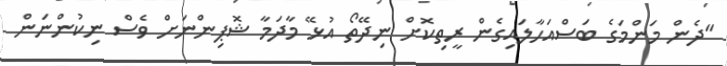
"ދެން މަންމަގެ ބަސްއަހާލައިގެން ރީތިކޮށް ނިދޭތޯ އުޅޭ މާދަމާ ޝޮޕިންނަށް ވެސް ނިކުންނަން